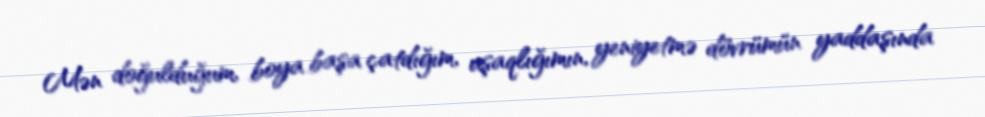
Mən doğulduğum, boya başa çatdığım, uşaqlığımın, yeniyetmə dövrümün yaddaşında